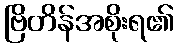
ဗြိတိန်အစိုးရ၏